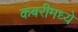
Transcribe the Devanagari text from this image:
कबरीमध्ये